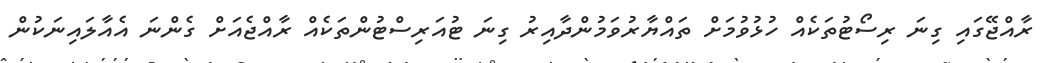
ރާއްޖޭގައި ގިނަ ރިސޯޓުތަކެއް ހުޅުވުމަށް ތައްޔާރުވަމުންދާއިރު ގިނަ ޓުއަރިސްޓުންތަކެއް ރާއްޖެއަށް ގެންނަ އެއާލައިނަކުން